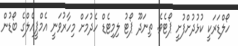
ހޯލްޑަރަކީ ކުޅުދުށްފުށީ ޕޯޓެވެ. ތިނަދޫ ޕޯޓު ލިމިޓެޑް ހެދުމަށް މިހާރުވަނީ އެމްޕީއެލްގެ ބޯޑުން